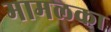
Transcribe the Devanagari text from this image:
मामलका